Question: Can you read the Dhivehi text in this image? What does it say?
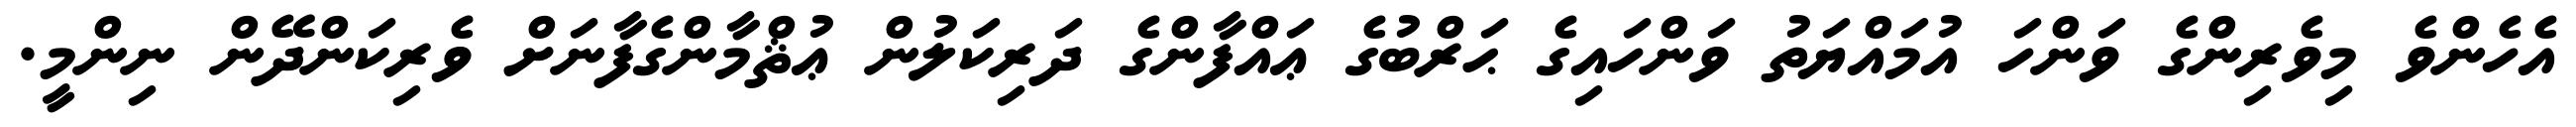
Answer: އެހެންވެ މިވެރިންގެ ވަންހަ އުމައްޔަތު ވަންހައިގެ ޙަރްބުގެ ޢައްފާންގެ ދަރިކަލުން ޢުޘްމާންގެފާނަށް ވެރިކަންދޭން ނިންމީ.